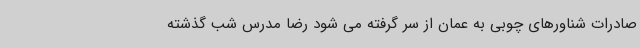
صادرات شناورهای چوبی به عمان از سر گرفته می شود رضا مدرس شب گذشته